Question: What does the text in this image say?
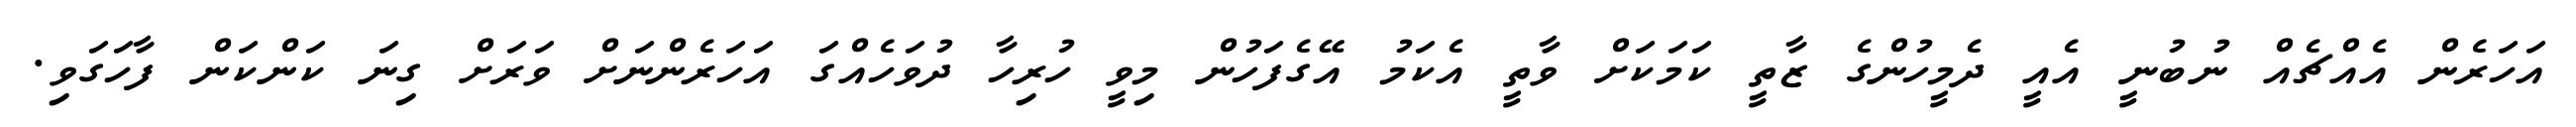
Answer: އަހަރެން އެއްޗެއް ނުބުނީ އެއީ ދެމީހުންގެ ޒާތީ ކަމަކަށް ވާތީ އެކަމު އޭގެފަހުން މިވީ ހުރިހާ ދުވަހެއްގަ އަހަރެންނަށް ވަރަށް ގިނަ ކަންކަން ފާހަގަވި.